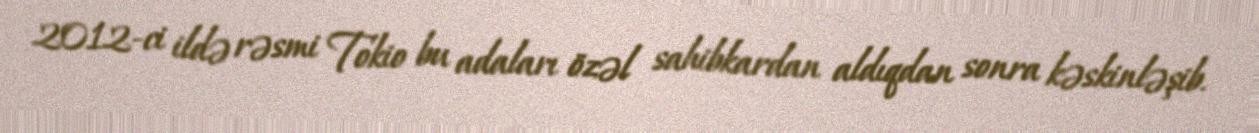
2012-ci ildə rəsmi Tokio bu adaları özəl sahibkardan aldıqdan sonra kəskinləşib.